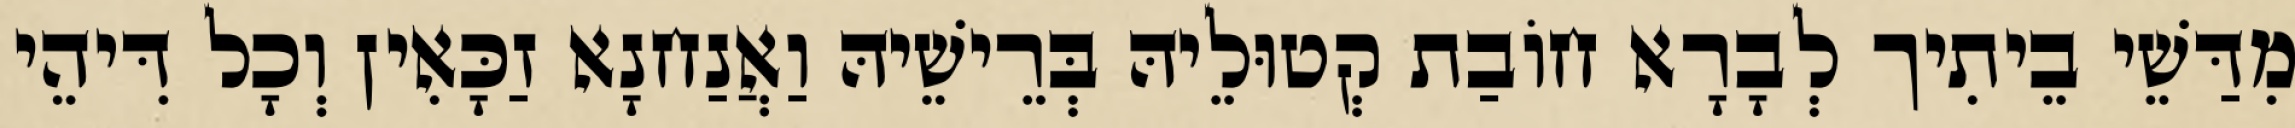
מִדַּשֵׁי בֵיתִיך לְבָרָא חוֹבַת קְטוּלֵיהּ בְּרֵישֵׁיהּ וַאֲנַחנָא זַכָּאִין וְכָל דִּיהֵי